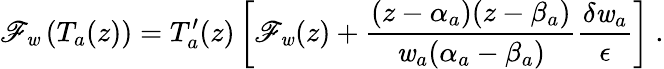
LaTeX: \mathscr{F}_{\mathit{w}}\left(T_{a}(z)\right)=T_{a}^{\prime}(z)\left[\mathscr{F}_{\mathit{w}}(z)+\frac{{(z-\alpha_{a})(z-\beta_{a})}}{{\mathit{w}_{a}(\alpha_{a}-\beta_{a})}}\frac{{\delta\mathit{w}_{a}}}{{\epsilon}}\right]\ .